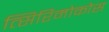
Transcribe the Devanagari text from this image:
त्सिरिमोकोस